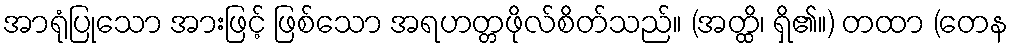
အာရုံပြုသော အားဖြင့် ဖြစ်သော အရဟတ္တဖိုလ်စိတ်သည်။ (အတ္ထိ၊ ရှိ၏။) တထာ (တေန